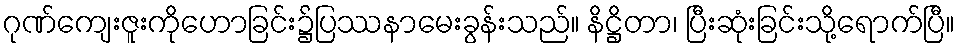
ဂုဏ်ကျေးဇူးကိုဟောခြင်း၌ပြဿနာမေးခွန်းသည်။ နိဋ္ဌိတာ၊ ပြီးဆုံးခြင်းသို့ရောက်ပြီ။